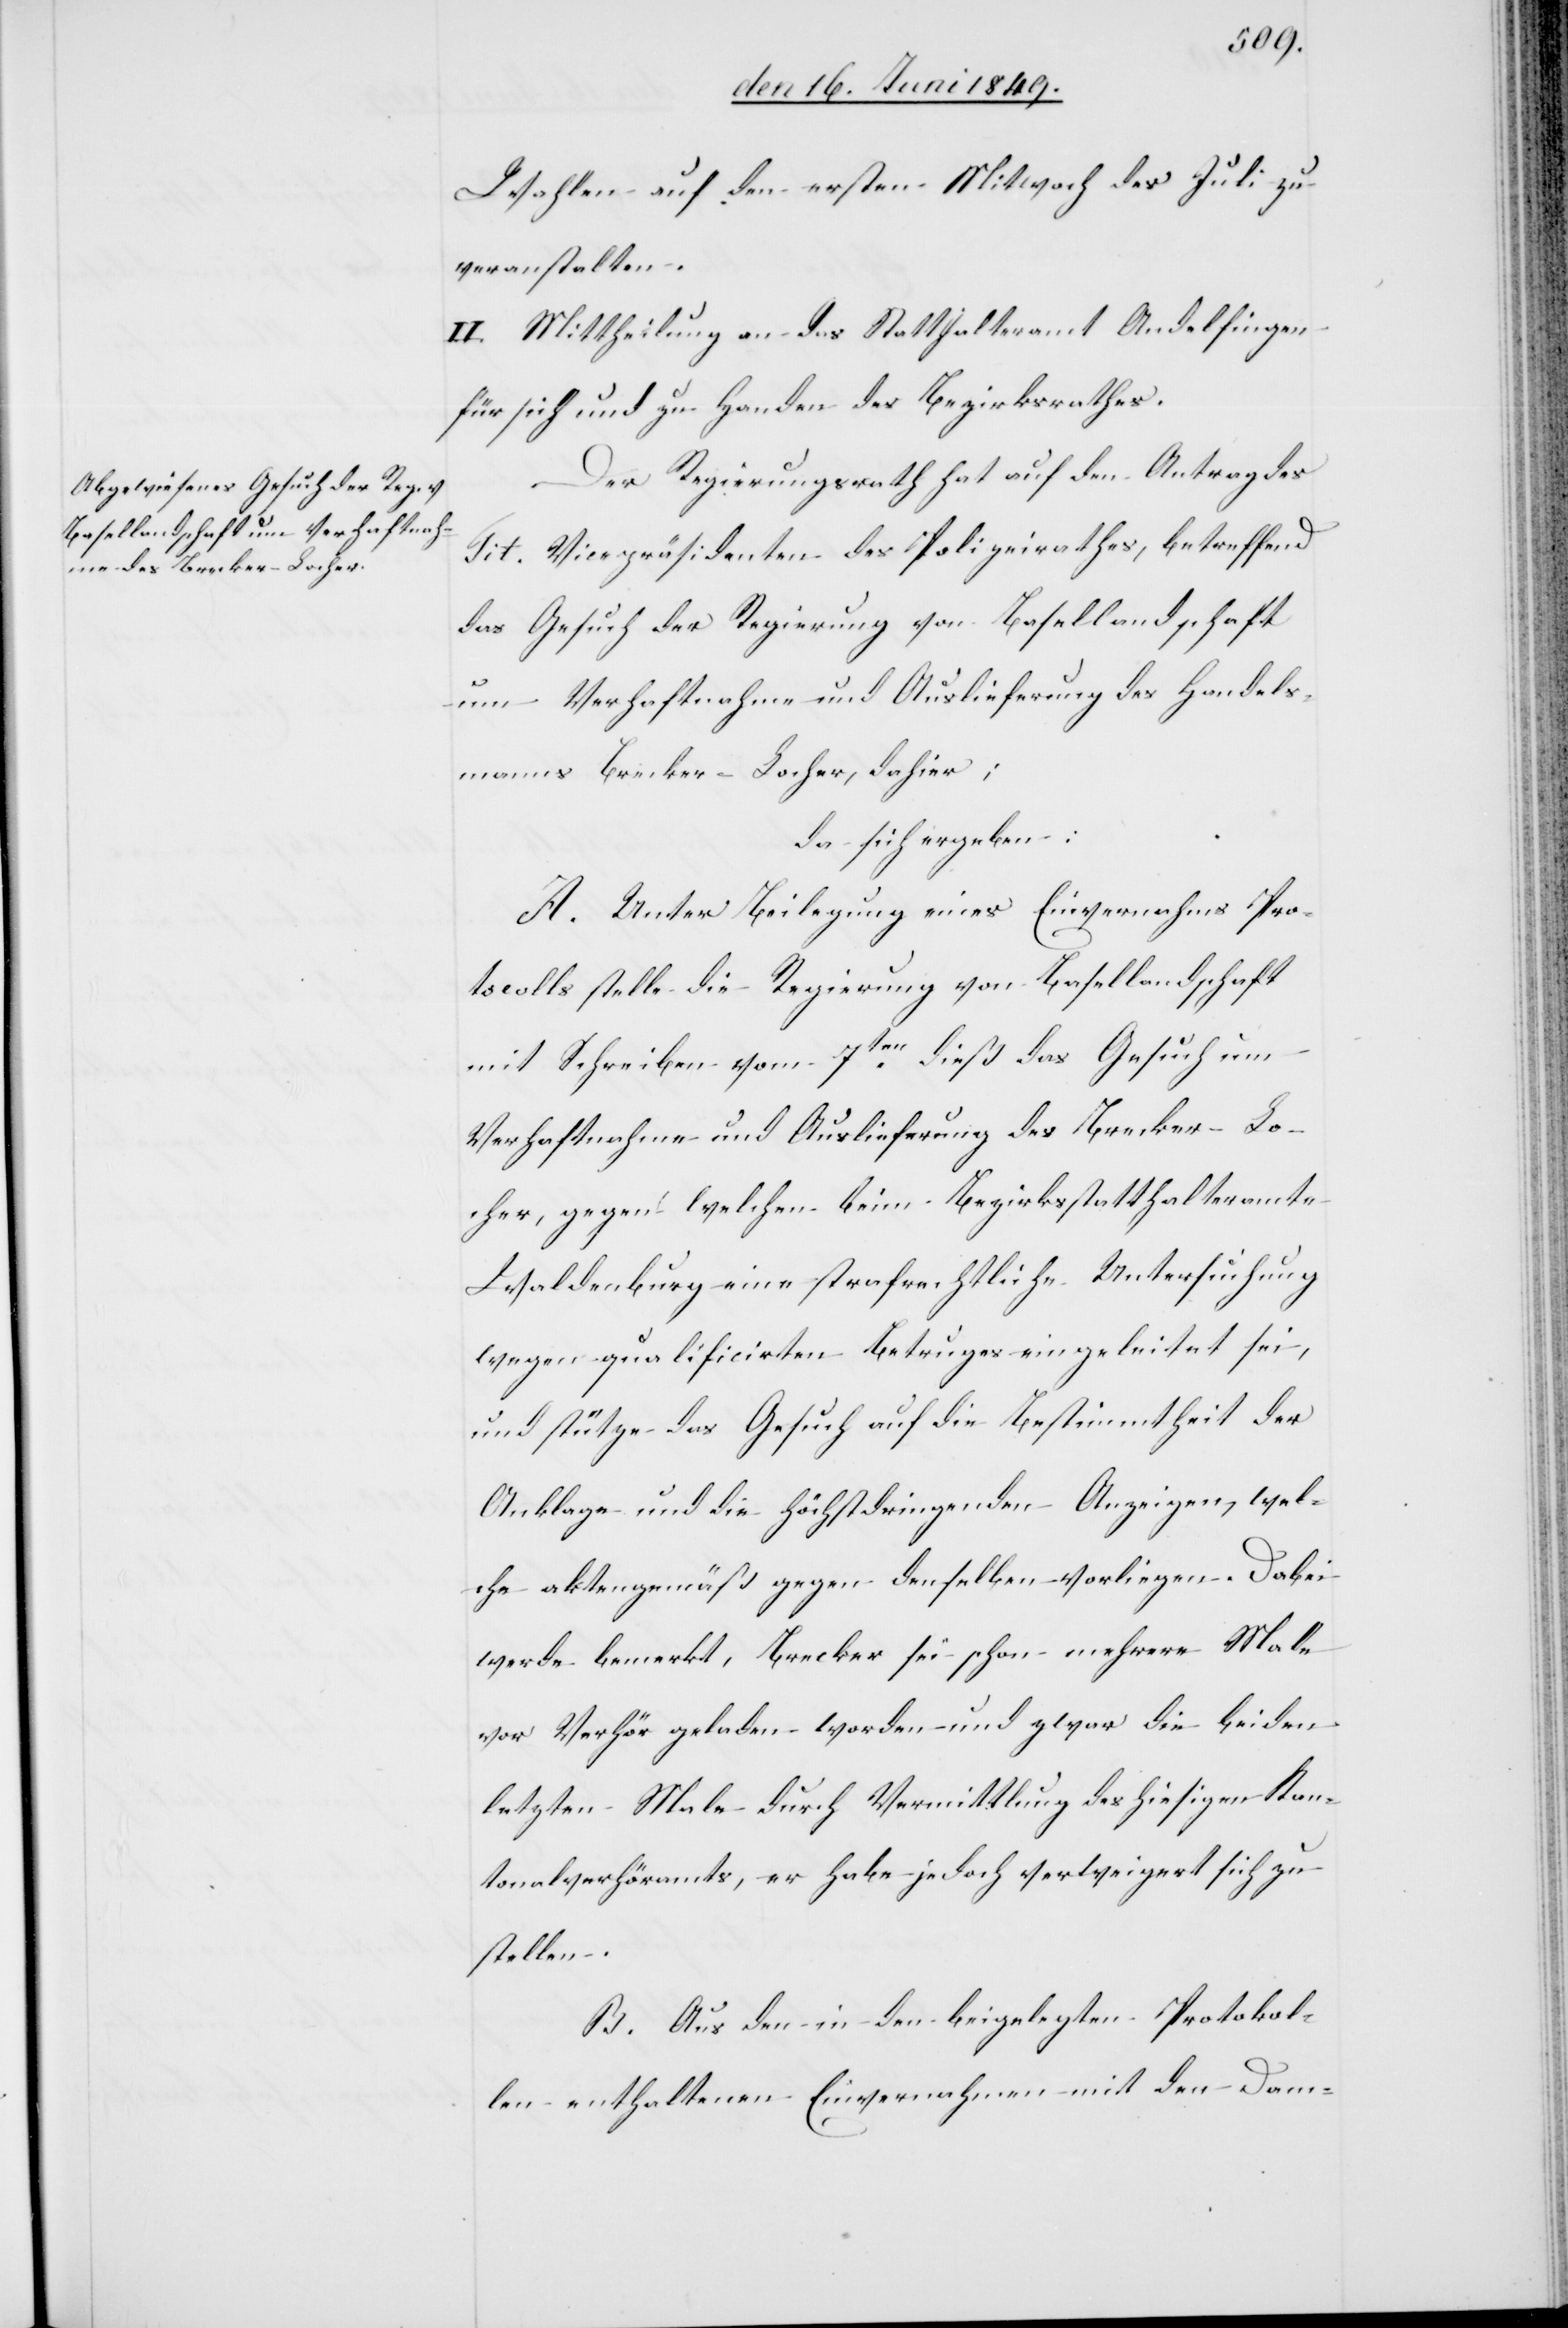
Wahlen auf den ersten Mitwoch des Juli zu
veranstalten.
II. Mittheilung an das Statthalteramt Andelfingen
für sich und zu Handen des Bezirksrathes.
Der Regierungsrath hat auf den Antrag des
Tit. Vicepräsidenten des Polizeirathes, betreffend
das Gesuch der Regierung von Basellandschaft
um Verhaftnahme und Auslieferung des Handels¬
manns Brecker-Locher, dahier;
da sich ergeben:
A. Unter Beilegung eines Einvernahms Pro¬
tocolls stelle die Regierung von Basellandschaft
mit Schreiben vom 7ten dieß das Gesuch um
Verhaftnahme und Auslieferung des Brecker-Lo¬
cher, gegen welchen beim Bezirksstatthalteramte
Waldenburg eine strafrechtliche Untersuchung
wegen qualificirten Betruges eingeleitet sei,
und stütze das Gesuch auf die Bestimmtheit der
Anklage und die höchstdringenden Anzeigen, wel¬
che aktengemäß gegen denselben vorliegen. Dabei
werde bemerkt, Brecker sei schon mehrere Male
vor Verhör geladen worden und zwar die beiden
letzten Male durch Vermittlung des hiesigen Kan¬
tonalverhöramts, er habe jedoch verweigert sich zu
stellen.
B. Aus den in den beigelegten Protokol¬
len enthaltenen Einvernahmen mit den Dam-